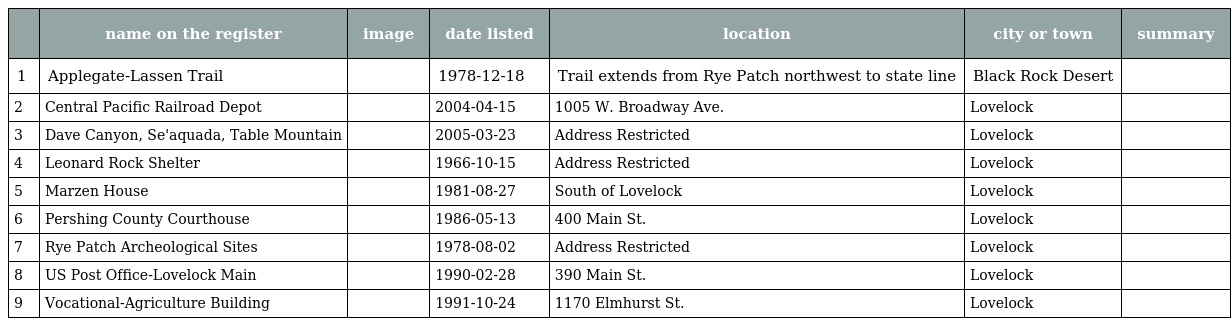
|  | name on the register | image | date listed | location | city or town | summary |
 | --- | --- | --- | --- | --- | --- | --- |
 | 1 | Applegate-Lassen Trail |  | 1978-12-18 | Trail extends from Rye Patch northwest to state line | Black Rock Desert |  |
 | 2 | Central Pacific Railroad Depot |  | 2004-04-15 | 1005 W. Broadway Ave. | Lovelock |  |
 | 3 | Dave Canyon, Se'aquada, Table Mountain |  | 2005-03-23 | Address Restricted | Lovelock |  |
 | 4 | Leonard Rock Shelter |  | 1966-10-15 | Address Restricted | Lovelock |  |
 | 5 | Marzen House |  | 1981-08-27 | South of Lovelock | Lovelock |  |
 | 6 | Pershing County Courthouse |  | 1986-05-13 | 400 Main St. | Lovelock |  |
 | 7 | Rye Patch Archeological Sites |  | 1978-08-02 | Address Restricted | Lovelock |  |
 | 8 | US Post Office-Lovelock Main |  | 1990-02-28 | 390 Main St. | Lovelock |  |
 | 9 | Vocational-Agriculture Building |  | 1991-10-24 | 1170 Elmhurst St. | Lovelock |  |